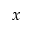
x